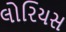
લોરિયસ